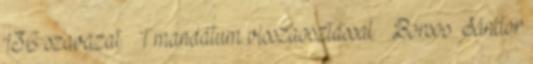
136 szavazat – 1 mandátum visszaosztással – Borsos Sándor